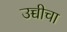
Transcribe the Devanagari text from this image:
उच्चीचा